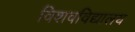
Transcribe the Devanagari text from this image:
विशवविद्यालय